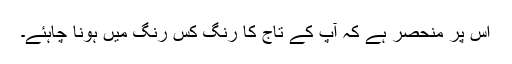
اس پر منحصر ہے کہ آپ کے تاج کا رنگ کس رنگ میں ہونا چاہئے۔